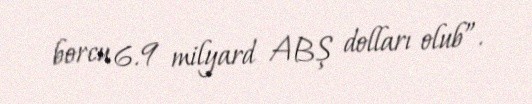
borcu 6.9 milyard ABŞ dolları olub”.